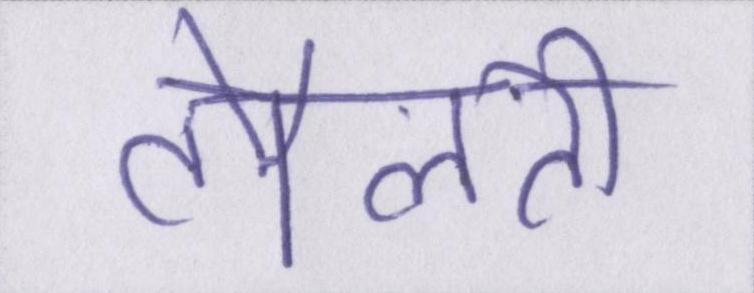
तौलती